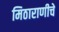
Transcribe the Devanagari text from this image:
मिठाराणीचे